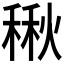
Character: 𮃚